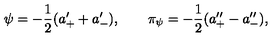
\psi = - { \frac { 1 } { 2 } } ( a _ { + } ^ { \prime } + a _ { - } ^ { \prime } ) , \qquad \pi _ { \psi } = - { \frac { 1 } { 2 } } ( a _ { + } ^ { \prime \prime } - a _ { - } ^ { \prime \prime } ) ,